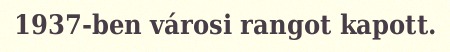
1937-ben városi rangot kapott.